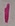
Text: 1